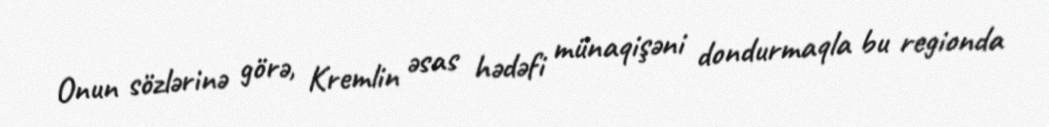
Onun sözlərinə görə, Kremlin əsas hədəfi münaqişəni dondurmaqla bu regionda